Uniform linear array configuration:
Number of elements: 4
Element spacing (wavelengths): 0.75
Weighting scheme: cosine
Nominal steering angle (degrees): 15
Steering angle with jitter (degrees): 13.279
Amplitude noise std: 0.05
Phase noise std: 0.05

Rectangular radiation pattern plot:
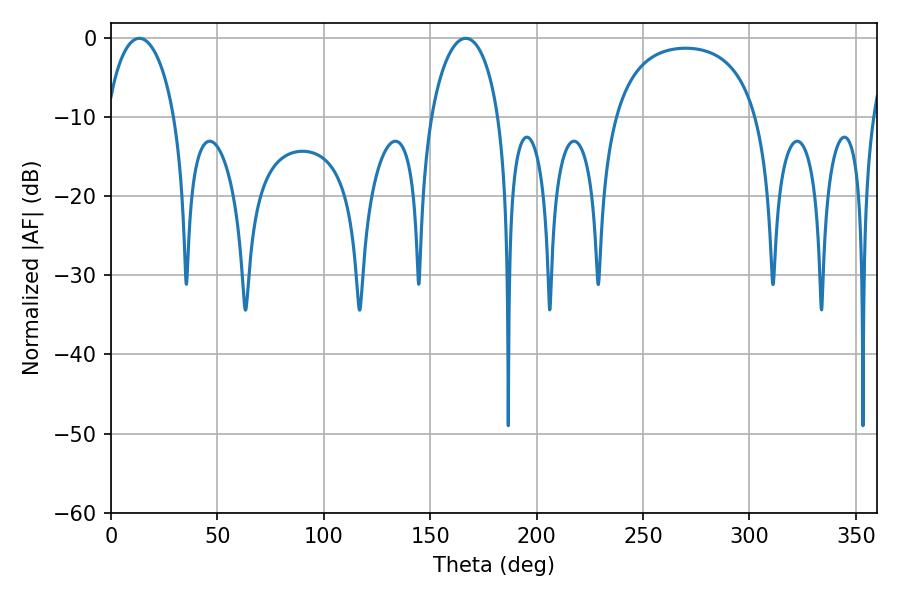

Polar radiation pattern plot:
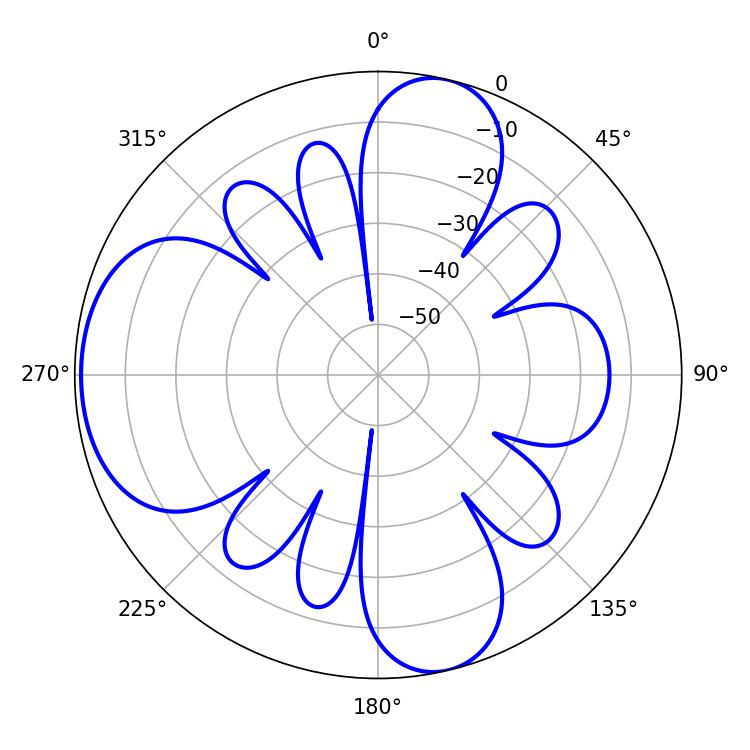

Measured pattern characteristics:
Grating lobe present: TRUE
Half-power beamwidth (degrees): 18.36
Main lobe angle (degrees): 13.32